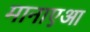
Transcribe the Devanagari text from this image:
मानाएआ